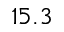
1 5 . 3